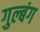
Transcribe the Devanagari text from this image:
गुल्बंग